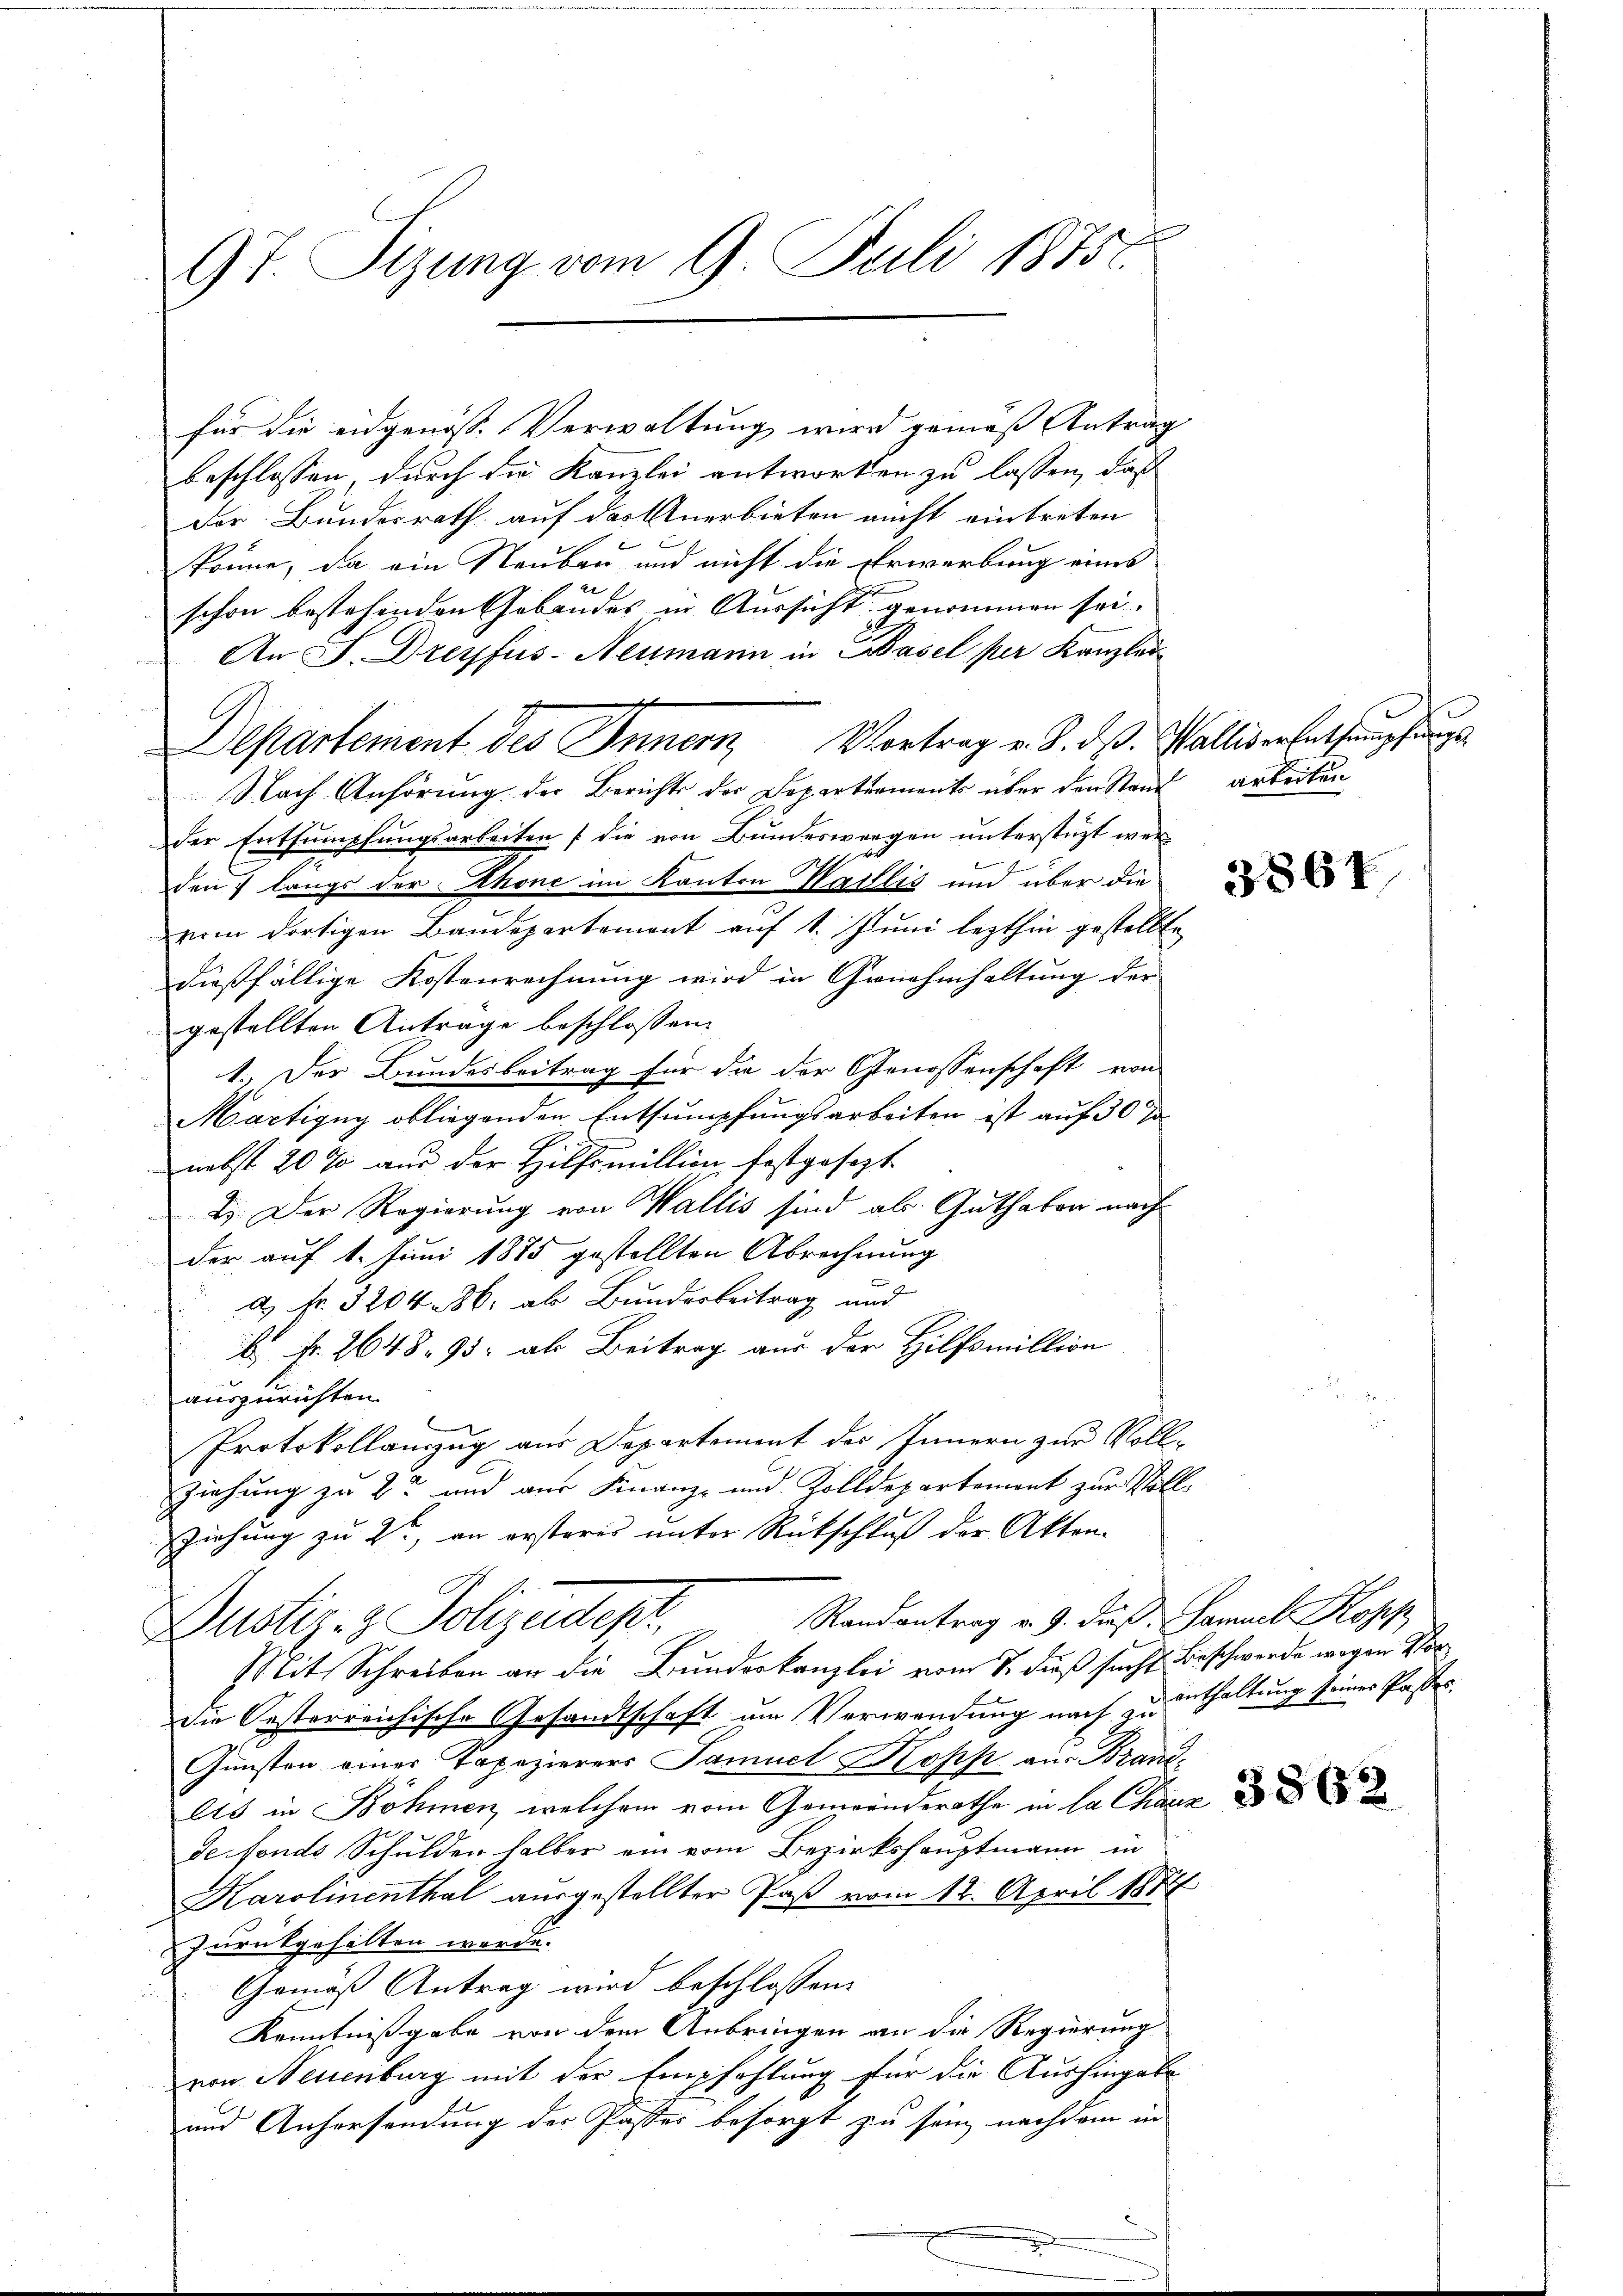
97. Sizung vom 9. Juli 1875.

für die eidgenöss. Verwaltung wird gemäß Antrag
beschlossen durch die Kanzlei antworten zu lassen, daß
Der Bundesrath, auf das Anerbieten nicht eintreten
könne, da ein Rauben und nicht die Erwerbung eines
e
schon bestehenden Gabandes in Aussicht genommen sei.
An S. Dreyfus-Neumann in Basel per Kanzlei
e
Departement des Innern Vortrag v. 8. dβ. Walliser Entsumpfungs
Nach Anhörung der Berichts der Departements über den Stand arbeiten
der Entsumpfungsarbeiten die von Bundeswegen unterstüzt werden langs der Rhone im Kanton Wallis und über die
vom dortigen Baudepartement auf 1. Juni lezthin gestellte
dießfällige Kostenrechnung wird in Genehmhaltung der
gestellten Antrage beschlossen:
1. Der Bundesbeitrag für da der Genossenschaft von
Martigny obliegenden Entsumpfungsarbeiten ist auf 30 J
nebst 20 % aus der Hilfsmillion festgesezt
2. Der Regierung von Wallis sind als Guthaben nach
der auf 1. Juni 1875 gestellten Abrechnung
a Fr. 3204. 86. ab Bunderbeitrag und
6 Fr. 2648. 95. als Beitrag aus der Hilfsmillion
auszurichten.
Protokollauszug aus Departement des Innern zur Vollziehung zu 2 und aus Finanz- und Zolldepartement zur Voll-
Ziehung zu 2t, an ersteres unter Rückschluß der Akten-
7
Randantrag v. 9. dieß. Samuel Kopp
ustiz- & Polizeidepr
Mit Schreiben an die Bundeskanzlei vom 7. dieß sucht Beschwerde wegen Vordie Oesterreichische Gesandtschaft um Verwendung nach zu enthaltung seiner Passes.
Gunsten einer Tapezierers Samuel Kopp aus Brandlts in Böhmen, welchem vom Gemeinderathe in la Chara
de fonds Schulden halber ein vom Bezirkshauptmann in
Karolinenthal ausgestellter Paß vom 12. April 1874
zurückgehalten werde.
Gemäß Antrag wird beschlossen:
Kenntnißgabe von dem Anbringen an die Regierung
von Neuenburg mit der Empfehlung für die Aushingabe
und Anhersendung der Passer besorgt zu sein nachdem in

3862